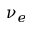
\nu _ { e }